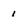
Character: i